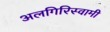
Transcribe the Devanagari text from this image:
अलगिरिस्वामी